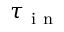
\tau _ { \mathrm { ~ i ~ n ~ } }